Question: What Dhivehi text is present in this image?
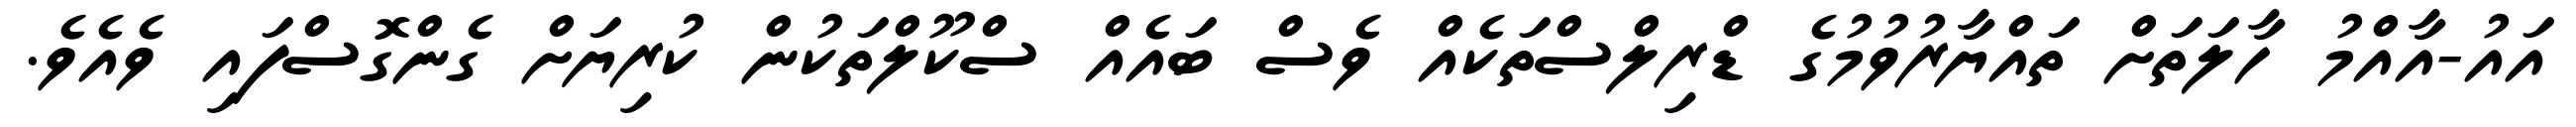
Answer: އައު-އާއްމު ހާލަތަށް ތައްޔާރުވުމުގެ ޑްރިލްސްތަކެއް ވެސް ބައެއް ސްކޫލްތަކުން ކުރިޔަށް ގެންގޮސްފައި ވެއެވެ.